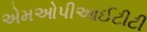
એમઓપીઆઈટીટી